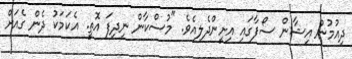
ދިއުމުން އިޝާން ސޯފާގައި އިށީންދެލިއެވެ. "މުސްކާން ނިދިފަ އޮތީ. އެކަމަކު ދެން ގެއަށް